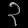
Digit: ၃